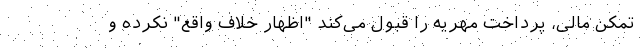
تمکن مالی، پرداخت مهریه را قبول می‌کند "اظهار خلاف واقع" نکرده و